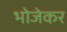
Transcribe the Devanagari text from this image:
भोजेकर